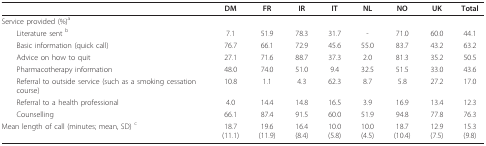
<table><thead><tr><td></td><td><b>DM</b></td><td><b>FR</b></td><td><b>IR</b></td><td><b>IT</b></td><td><b>NL</b></td><td><b>NO</b></td><td><b>UK</b></td><td><b>Total</b></td></tr></thead><tbody><tr><td>Service provided (%)<sup>a</sup></td><td></td><td></td><td></td><td></td><td></td><td></td><td></td><td></td></tr><tr><td> Literature sent <sup>b</sup></td><td>7.1</td><td>51.9</td><td>78.3</td><td>31.7</td><td>-</td><td>71.0</td><td>60.0</td><td>44.1</td></tr><tr><td> Basic information (quick call)</td><td>76.7</td><td>66.1</td><td>72.9</td><td>45.6</td><td>55.0</td><td>83.7</td><td>43.2</td><td>63.2</td></tr><tr><td> Advice on how to quit</td><td>27.1</td><td>71.6</td><td>88.7</td><td>37.3</td><td>2.0</td><td>81.3</td><td>35.2</td><td>50.5</td></tr><tr><td> Pharmacotherapy information</td><td>48.0</td><td>74.0</td><td>51.0</td><td>9.4</td><td>32.5</td><td>51.5</td><td>33.0</td><td>43.6</td></tr><tr><td> Referral to outside service (such as a smoking cessation course)</td><td>10.8</td><td>1.1</td><td>4.3</td><td>62.3</td><td>8.7</td><td>5.8</td><td>27.2</td><td>17.0</td></tr><tr><td> Referral to a health professional</td><td>4.0</td><td>14.4</td><td>14.8</td><td>16.5</td><td>3.9</td><td>16.9</td><td>13.4</td><td>12.3</td></tr><tr><td> Counselling</td><td>66.1</td><td>87.4</td><td>91.5</td><td>60.0</td><td>51.9</td><td>94.8</td><td>77.8</td><td>76.3</td></tr><tr><td>Mean length of call (minutes; mean, SD) <sup>c</sup></td><td>18.7 (11.1)</td><td>19.6 (11.9)</td><td>16.4 (8.4)</td><td>10.0 (5.8)</td><td>10.0 (4.5)</td><td>18.7 (10.4)</td><td>12.9 (7.5)</td><td>15.3 (9.8)</td></tr></tbody></table>